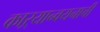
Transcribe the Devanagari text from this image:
काऱ्यान्वयनाची